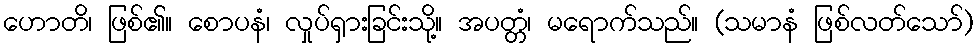
ဟောတိ၊ ဖြစ်၏။ စောပနံ၊ လှုပ်ရှားခြင်းသို့။ အပတ္တံ၊ မရောက်သည်။ (သမာနံ ဖြစ်လတ်သော်)